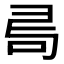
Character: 𠰟